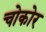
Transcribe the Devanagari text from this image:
चोकोर